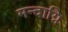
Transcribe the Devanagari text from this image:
मन्दाग्नि